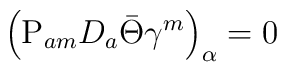
\left({\rm P}_{am}D_a\bar\Theta\gamma^m\right)_\alpha=0